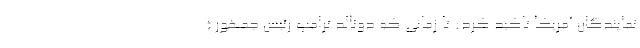
نمایندگان آمریکا تاکید کرد: تا زمانی که دونالد ترامپ رئیس جمهور (